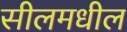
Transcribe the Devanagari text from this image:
सीलमधील